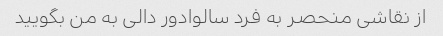
از نقاشی منحصر به فرد سالوادور دالی به من بگویید